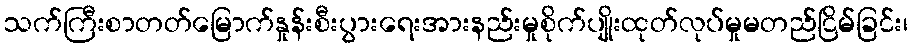
သက်ကြီးစာတတ်မြောက်နှုန်းစီးပွားရေးအားနည်းမှုစိုက်ပျိုးထုတ်လုပ်မှုမတည်ငြိမ်ခြင်း၊